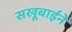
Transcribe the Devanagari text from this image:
सखूबाईने